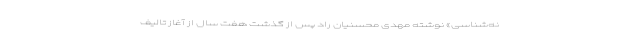
نه‌شناسی» نوشته مهدی محسنیان راد پس از گذشت هفت سال از آغاز تالیف